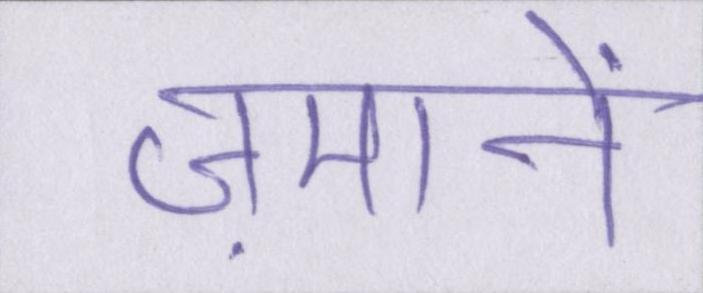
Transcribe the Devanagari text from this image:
ज़मानें